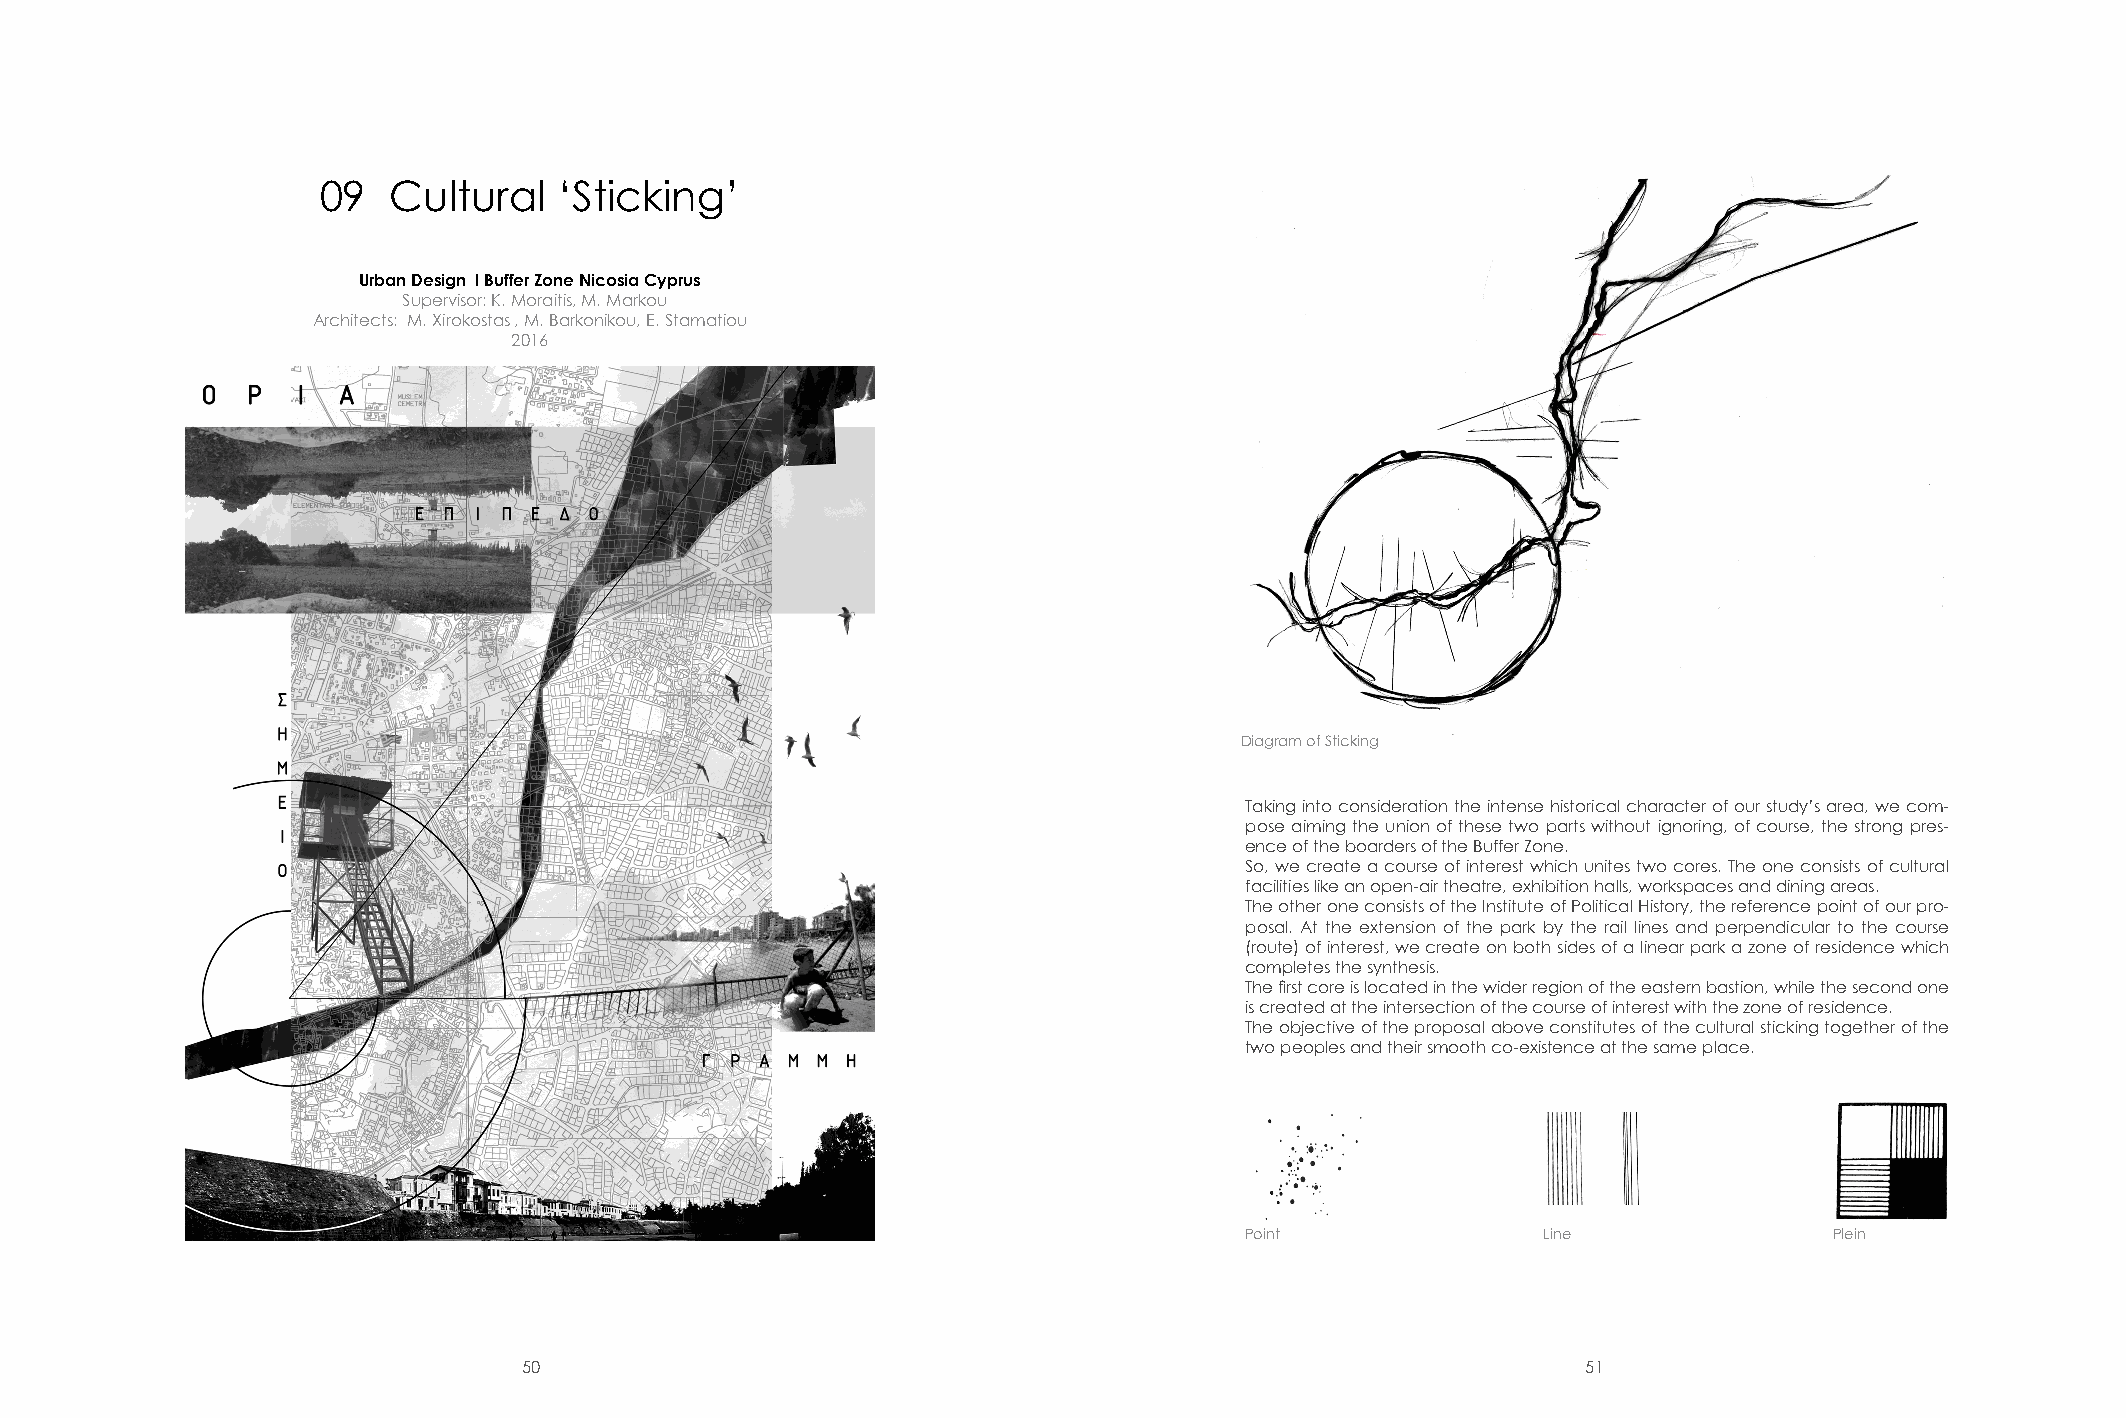
09   Cultural   ‘Sticking’
 Urban Design Ι Buffer Zone Nicosia Cyprus
 Supervisor: K. Moraitis, M. Markou
 Architects: M. Xirokostas , M. Barkonikou, E. Stamatiou
 2016
 Diagram of Sticking
 Taking into consideration the intense historical character of our study’s area, we com-
 pose aiming the union of these two parts without ignoring, of course, the strong pres-
 ence of the boarders of the Buffer Zone.
 So, we create a course of interest which unites two cores. The one consists of cultural
 facilities like an open-air theatre, exhibition halls, workspaces and dining areas.
 The other one consists of the Institute of Political History, the reference point of our pro-
 posal. At the extension of the park by the rail lines and perpendicular to the course
 (route) of interest, we create on both sides of a linear park a zone of residence which
 completes the synthesis.
 The first core is located in the wider region of the eastern bastion, while the second one
 is created at the intersection of the course of interest with the zone of residence.
 The objective of the proposal above constitutes of the cultural sticking together of the
 two peoples and their smooth co-existence at the same place.
 Point               Line               Plein
 50                                                                    51